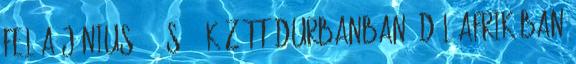
fel a június 5. és 8. között durbanban, dél-afrikában